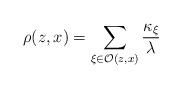
LaTeX: \begin{align*}\rho (z,x)=\sum _{\xi \in \mathcal{O}(z,x)}\frac{\kappa _{\xi }}{\lambda }\end{align*}